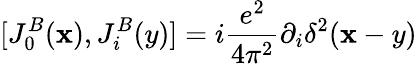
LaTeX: [J_{0}^{B}(\mathbf{x}),J_{i}^{B}(y)]=i{\frac{{e^{2}}}{{4\pi^{2}}}}\partial_{i}\delta^{2}(\mathbf{x}-y)